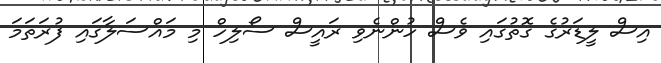
އިސް ލީޑަރުގެ ގޮތުގައި ވެސް ހުންނެވި ރައީސް ސޯލިހް މި މައްސަލާގައި ފުރަތަމަ